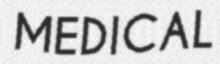
MEDICAL